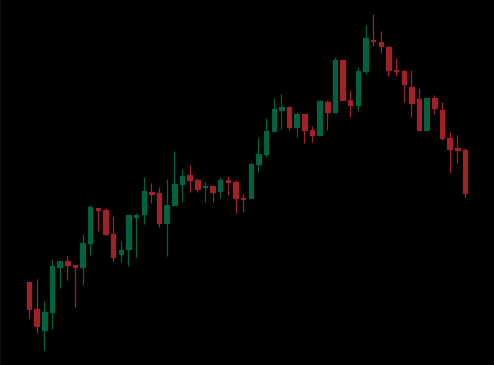
Pattern: bear_flag